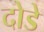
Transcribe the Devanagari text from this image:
दोडे